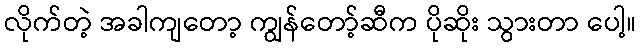
လိုက်တဲ့ အခါကျတော့ ကျွန်တော့်ဆီက ပိုဆိုး သွားတာ ပေါ့။